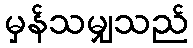
မှန်သမျှသည်